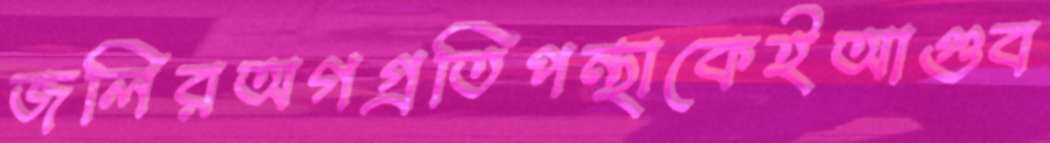
জলিরঅগগ্রতিপন্থাকেইআগুব